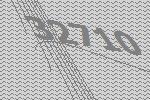
32710